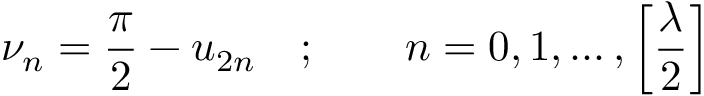
\nu _ { n } = \frac { \pi } { 2 } - u _ { 2 n } \quad ; \qquad n = 0 , 1 , \dots , \left[ \frac { \lambda } { 2 } \right]